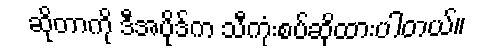
ဆိုတာကို ဒီအပိုဒ်က သီကုံးစပ်ဆိုထားပါတယ်။